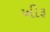
ખીરૂ